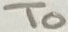
Text: To